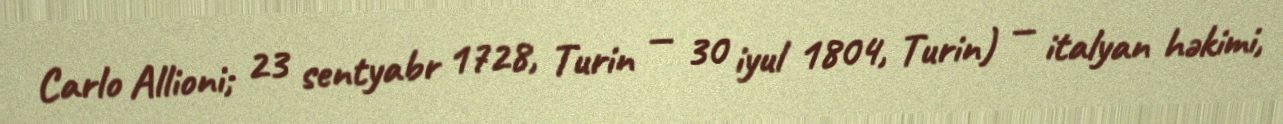
Carlo Allioni; 23 sentyabr 1728, Turin — 30 iyul 1804, Turin) — italyan həkimi,